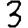
Digit: 3